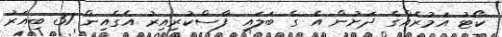
ކޯޓު އަމުރެއްގެ ދަށުން އެ ގެ ބަލައި ފާސްކުރިއިރު އެގެއިން 31 ބިއަރު